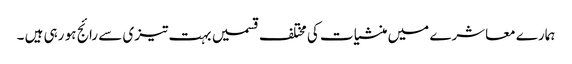
ہمارے معاشرے میں منشیات کی مختلف قسمیں بہت تیزی سے رائج ہو رہی ہیں ۔